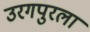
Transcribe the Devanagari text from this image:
उरगपुरला